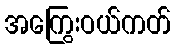
အကြွေးဝယ်ကတ်